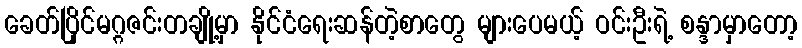
ခေတ်ပြိုင်မဂ္ဂဇင်းတချို့မှာ နိုင်ငံရေးဆန်တဲ့စာတွေ များပေမယ့် ဝင်းဦးရဲ့ စန္ဒာမှာတော့